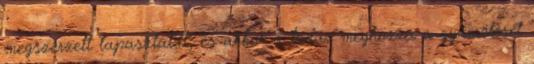
megszerzett tapasztalat, és akkor a tudás meghozza a gyümölcsét